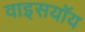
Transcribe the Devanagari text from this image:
वाइसयॉय